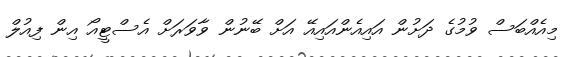
މިއެއްބަސް ވުމުގެ ދަށުން އައިއެންއައިއޭ އަށް ބޭނުން ވާވަރަށް އެސްޓީއޯ އިން ފިއުލް